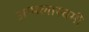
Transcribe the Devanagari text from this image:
अप्पलास्वमी